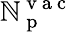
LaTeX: \mathbb{N}_{\mathrm{{~p~}}}^{\mathrm{{~v~a~c~}}}